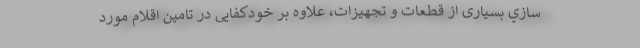
سازي بسیاری از قطعات و تجهیزات، علاوه بر خودکفایی در تامین اقلام مورد